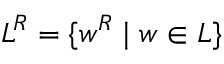
L ^ { R } = \{ w ^ { R } \mid w \in L \}